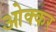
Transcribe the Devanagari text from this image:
ओक्कर